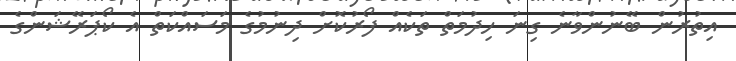
އިތުރުން ބޭނުންވާނެ ގިނަ ހިދުމަތް ތަކެއް ފޯރުކޮށް ދިނުމުގެ މަސައްކަތް އެ ކޯޕަރޭޝަންގެ